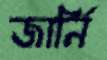
জার্নি